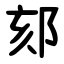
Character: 郂